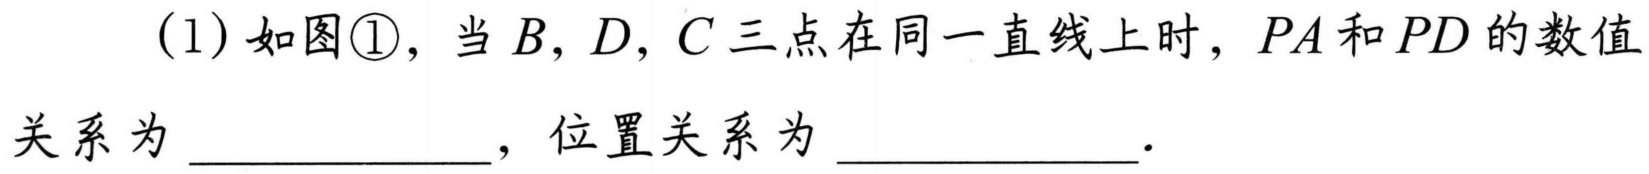
(1)如图\textcircled{1}，当\(B,D,C\)三点在同一直线上时，\(PA\)和\(PD\)的数值关系为  ，位置关系为  ．